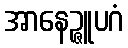
အာနေဉ္ဇူပဂံ